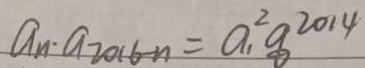
a _ { n } \cdot a _ { 2 0 1 6 - n } = a _ { 1 } ^ { 2 } q ^ { 2 0 1 4 }